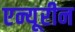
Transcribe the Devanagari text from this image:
एन्यूरीन